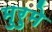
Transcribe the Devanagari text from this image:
मुरुमे